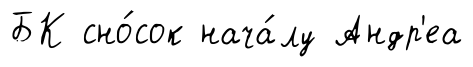
БК сно́сок нача́лу Андр'еа